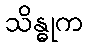
သိန္ဓုက